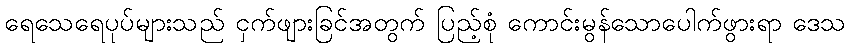
ရေသေရေပုပ်များသည် ငှက်ဖျားခြင်အတွက် ပြည့်စုံ ကောင်းမွန်သောပေါက်ဖွားရာ ဒေသ